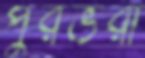
পুরভরা